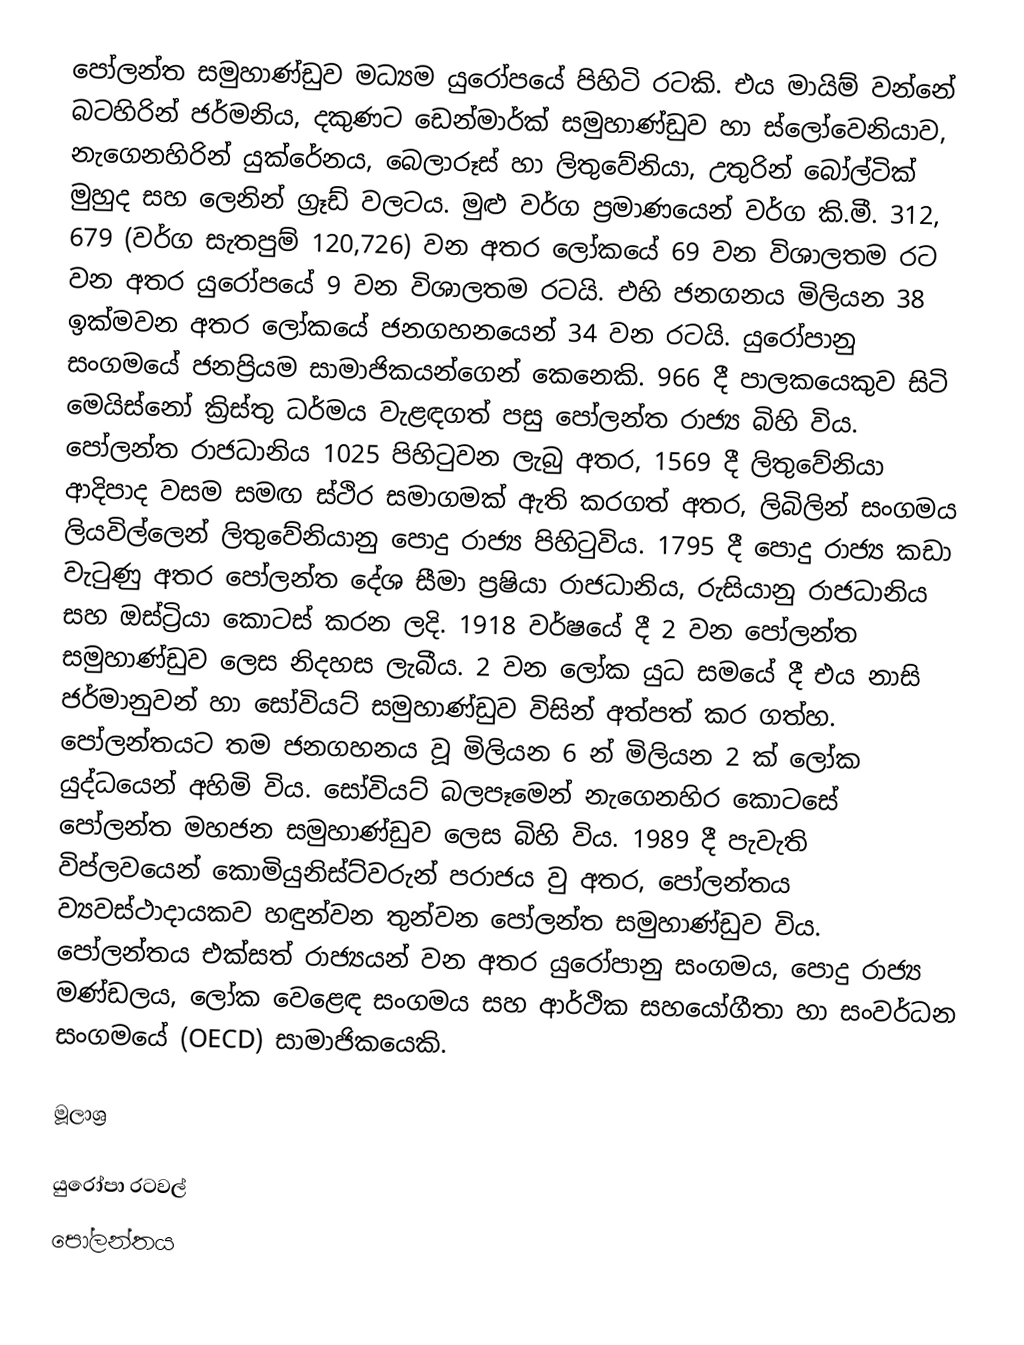
පෝලන්ත සමුහාණ්ඩුව මධ්‍යම යුරෝපයේ පිහිටි රටකි. එය මායිම් වන්නේ බටහිරින් ජර්මනිය, දකුණට ඩෙන්මාර්ක් සමුහාණ්ඩුව හා ස්ලෝවෙනියාව, නැගෙනහිරින් යුක්රේනය, බෙලාරූස් හා ලිතුවේනියා, උතුරින් බෝල්ටික් මුහුද  සහ ලෙනින් ග්‍රෑඩ් වලටය. මුළු වර්ග ප්‍රමාණයෙන් වර්ග කි.මී. 312, 679 (වර්ග සැතපුම් 120,726) වන අතර ලෝකයේ 69 වන විශාලතම රට වන අතර යුරෝපයේ 9 වන විශාලතම රටයි. එහි ජනගනය මිලියන 38 ඉක්මවන අතර ලෝකයේ ජනගහනයෙන් 34 වන රටයි. යුරෝපානු සංගමයේ ජනප්‍රියම සාමාජිකයන්ගෙන් කෙනෙකි. 966 දී පාලකයෙකුව සිටි මෙයිස්නෝ ක්‍රිස්තු ධර්මය වැළඳගත් පසු පෝලන්ත රාජ්‍ය බිහි විය. පෝලන්ත රාජධානිය 1025 පිහිටුවන ලැබු අතර, 1569 දී ලිතුවේනියා ආදිපාද වසම සමඟ ස්ථිර සමාගමක් ඇති කරගත් අතර, ලිබිලින් සංගමය ලියවිල්ලෙන් ලිතුවේනියානු පොදු රාජ්‍ය පිහිටුවිය. 1795 දී පොදු රාජ්‍ය කඩා වැටුණු අතර ‍පෝලන්ත දේශ සීමා ප්‍රෂියා රාජධානිය, රුසියානු රාජධානිය සහ ඔස්ට්‍රියා කොටස් කරන ලදි. 1918 වර්ෂයේ දී 2 වන පෝලන්ත සමුහාණ්ඩුව ලෙස නිදහස ලැබීය. 2 වන ලෝක යුධ සමයේ දී එය නාසි ජර්මානුවන් හා සෝවියට් සමුහාණ්ඩුව විසින් අත්පත් කර ගත්හ. පෝලන්තයට තම ජනගහනය වූ මිලියන 6 න් මිලියන 2 ක් ලෝක යුද්ධයෙන් අහිමි විය. සෝවියට් බලපෑමෙන් නැගෙනහිර කොටසේ පෝලන්ත මහජන සමුහාණ්ඩුව ලෙස බිහි විය. 1989 දී පැවැති විප්ලවයෙන් කොමියුනිස්ට්වරුන් පරාජය වු අතර, පෝලන්තය ව්‍යවස්ථාදායකව හඳුන්වන තුන්වන ‍පෝලන්ත සමුහාණ්ඩුව විය. පෝලන්තය එක්සත් රාජ්‍යයන් වන අතර යුරෝපානු සංගමය, පොදු රාජ්‍ය මණ්ඩලය, ලෝක වෙළෙඳ සංගමය සහ ආර්ථික සහයෝගීතා හා සංවර්ධන සංගමයේ (OECD) සාමාජිකයෙකි.

මූලාශ්‍ර

යුරෝපා රටවල්
පෝලන්තය